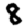
Digit: 8